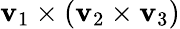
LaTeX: \mathbf{v}_{1}\times\left(\mathbf{v}_{2}\times\mathbf{v}_{3}\right)